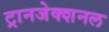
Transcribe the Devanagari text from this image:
ट्रानजेक्शनल